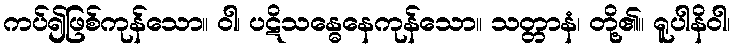
ကပ်၍ဖြစ်ကုန်သော။ ဝါ၊ ပဋိသန္ဓေနေကုန်သော။ သတ္တာနံ၊ တို့၏။ ရူပါနိဝါ၊